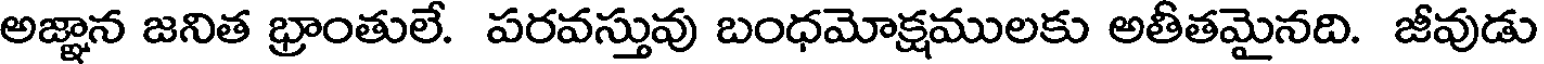
అజ్ఞాన జనిత భ్రాంతులే. పరవస్తువు బంధమోక్షములకు అతీతమైనది. జీవుడు